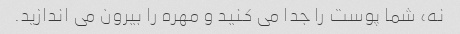
نه، شما پوست را جدا می کنید و مهره را بیرون می اندازید.